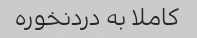
کاملا به دردنخوره